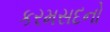
કરમસદનો